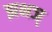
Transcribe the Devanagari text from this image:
झभञ्